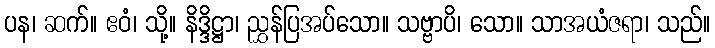
ပန၊ ဆက်။ ဧဝံ၊ သို့။ နိဒ္ဒိဋ္ဌာ၊ ညွှန်ပြအပ်သော။ သဗ္ဗာပိ၊ သော။ သာအယံဇရာ၊ သည်။